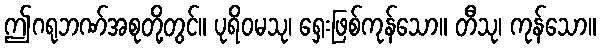
ဤဂရုဘဏ်အစုတို့တွင်။ ပုရိဝမသု၊ ရှေးဖြစ်ကုန်သော။ တီသု၊ ကုန်သော။